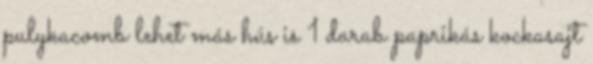
pulykacomb lehet más hús is 1 darab paprikás kockasajt